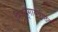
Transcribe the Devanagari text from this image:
निचृद्‌गायत्रीछंदः